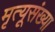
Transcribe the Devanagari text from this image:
मृत्यूसंख्या